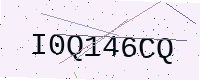
Text: I0Q146CQ